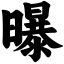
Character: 曝